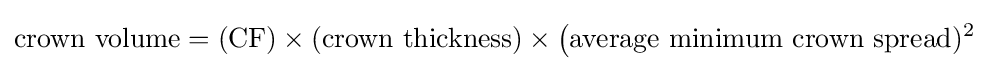
{\text{crown volume}}=({\text{CF}})\times ({\text{crown thickness}})\times {\big (}{\text{average minimum crown spread}})^{2}